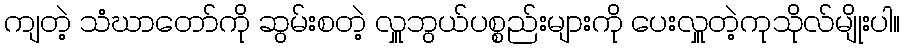
ကျတဲ့ သံဃာတော်ကို ဆွမ်းစတဲ့ လှူဘွယ်ပစ္စည်းများကို ပေးလှူတဲ့ကုသိုလ်မျိုးပါ။